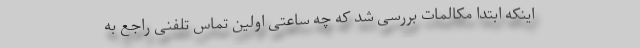
اینکه ابتدا مکالمات بررسی شد که چه ساعتی اولین تماس تلفنی راجع به